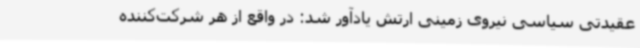
عقیدتی سیاسی نیروی زمینی ارتش یادآور شد: در واقع از هر شرکت‌کننده